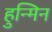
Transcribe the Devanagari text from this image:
हुन्मिन